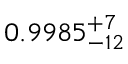
0 . 9 9 8 5 _ { - 1 2 } ^ { + 7 }